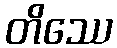
တိဿေ